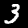
Label: 3